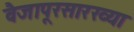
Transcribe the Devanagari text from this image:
वैजापूरसारख्या